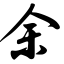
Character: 余